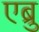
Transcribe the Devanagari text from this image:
एब्रु